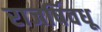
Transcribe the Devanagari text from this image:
राजर्षिवधू